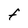
Character: F